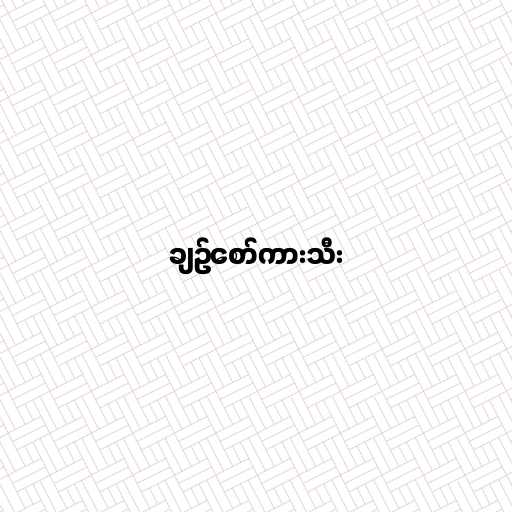
ချဥ်စော်ကားသီး